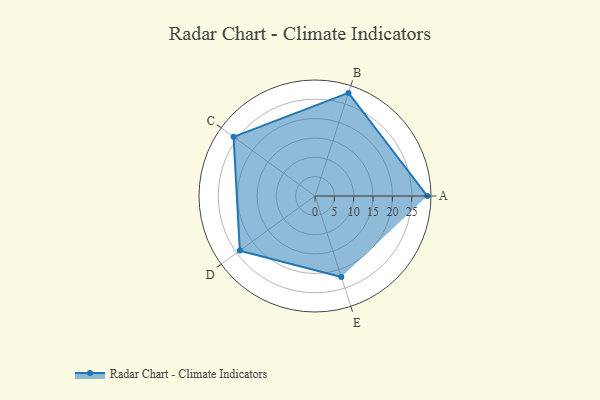
{"axis": {"x": "Skill", "y": "Score"}, "legend": ["Profile"], "data": [{"x": "A", "y": 29.0, "type": "Profile"}, {"x": "B", "y": 28.0, "type": "Profile"}, {"x": "C", "y": 26.0, "type": "Profile"}, {"x": "D", "y": 24.0, "type": "Profile"}, {"x": "E", "y": 22.0, "type": "Profile"}]}